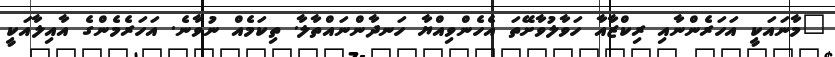
"މާނައަކީ އަހަރެންނާއި ރިކްޒާއާ ހަވާލުވާށޭތަ އެހެންވިއްޔާ ހަނދާންނައްތާލާ. ތިކަމެއް ނުވާނެ. އަހަރެމެންގެ އާއިލާއަކީ